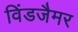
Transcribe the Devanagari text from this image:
विंडजैमर